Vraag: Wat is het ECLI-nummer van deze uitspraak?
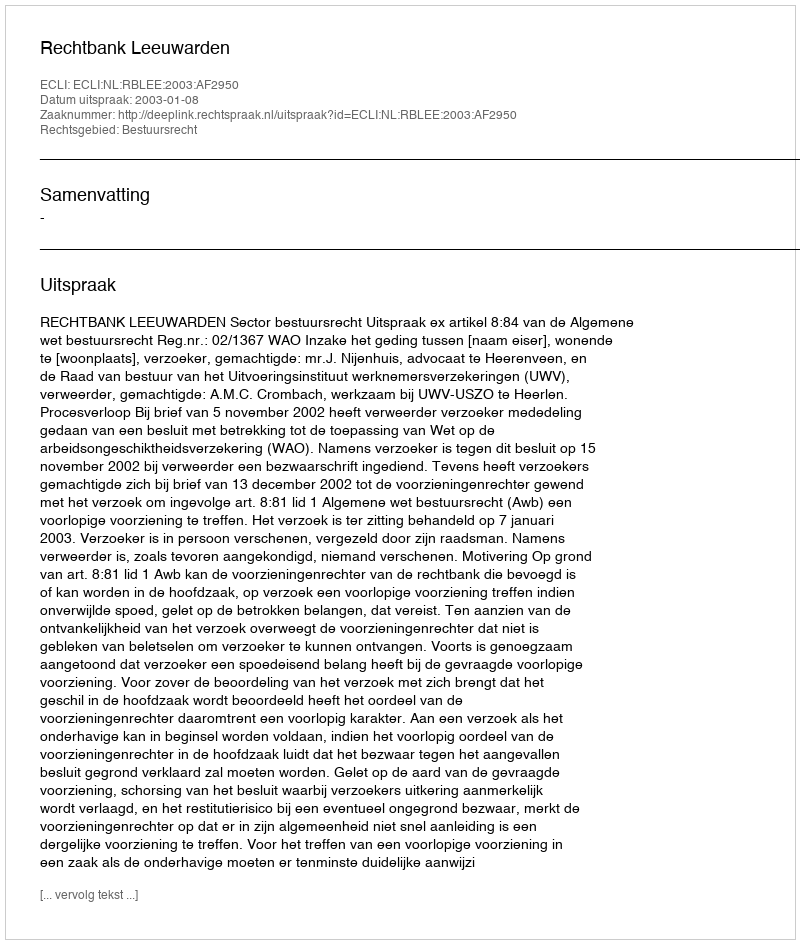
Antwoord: ECLI:NL:RBLEE:2003:AF2950